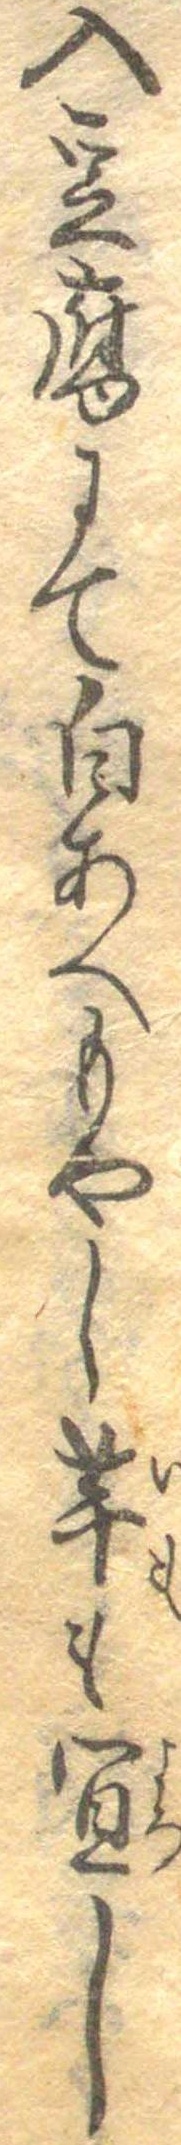
入豆腐にて白あへもやし芋も宜し